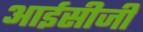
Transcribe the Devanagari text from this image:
आईसीजी